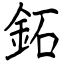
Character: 鉐